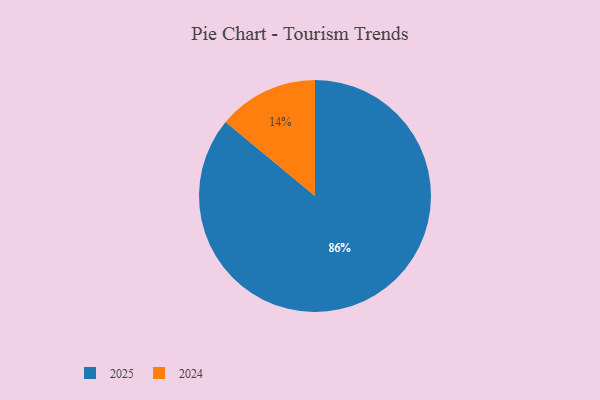
{"axis": {"x": "Category", "y": "Percentage"}, "legend": ["2024", "2025"], "data": [{"x": "2025", "y": 86, "type": "2025"}, {"x": "2024", "y": 14, "type": "2024"}]}